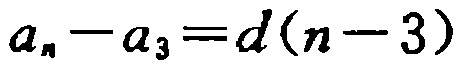
\(a_{n}-a_{3}=d(n - 3)\)